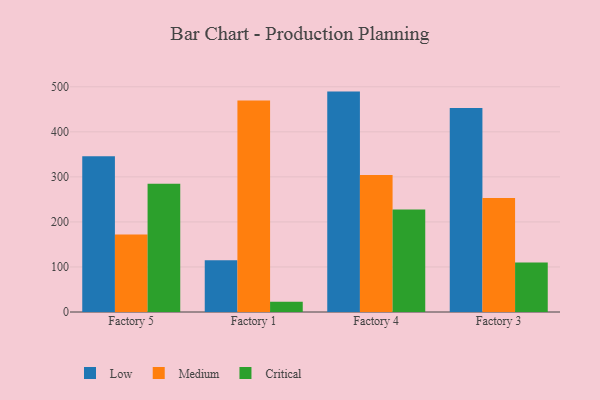
{"axis": {"x": "Factory", "y": "Humidity (%)"}, "legend": ["Critical", "Low", "Medium"], "data": [{"x": "Factory 5", "y": 345.8, "type": "Low"}, {"x": "Factory 5", "y": 171.9, "type": "Medium"}, {"x": "Factory 5", "y": 284.6, "type": "Critical"}, {"x": "Factory 1", "y": 114.9, "type": "Low"}, {"x": "Factory 1", "y": 469.4, "type": "Medium"}, {"x": "Factory 1", "y": 23.0, "type": "Critical"}, {"x": "Factory 4", "y": 489.3, "type": "Low"}, {"x": "Factory 4", "y": 303.9, "type": "Medium"}, {"x": "Factory 4", "y": 227.5, "type": "Critical"}, {"x": "Factory 3", "y": 452.7, "type": "Low"}, {"x": "Factory 3", "y": 253.0, "type": "Medium"}, {"x": "Factory 3", "y": 110.0, "type": "Critical"}]}